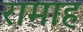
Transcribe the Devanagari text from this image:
रामाह